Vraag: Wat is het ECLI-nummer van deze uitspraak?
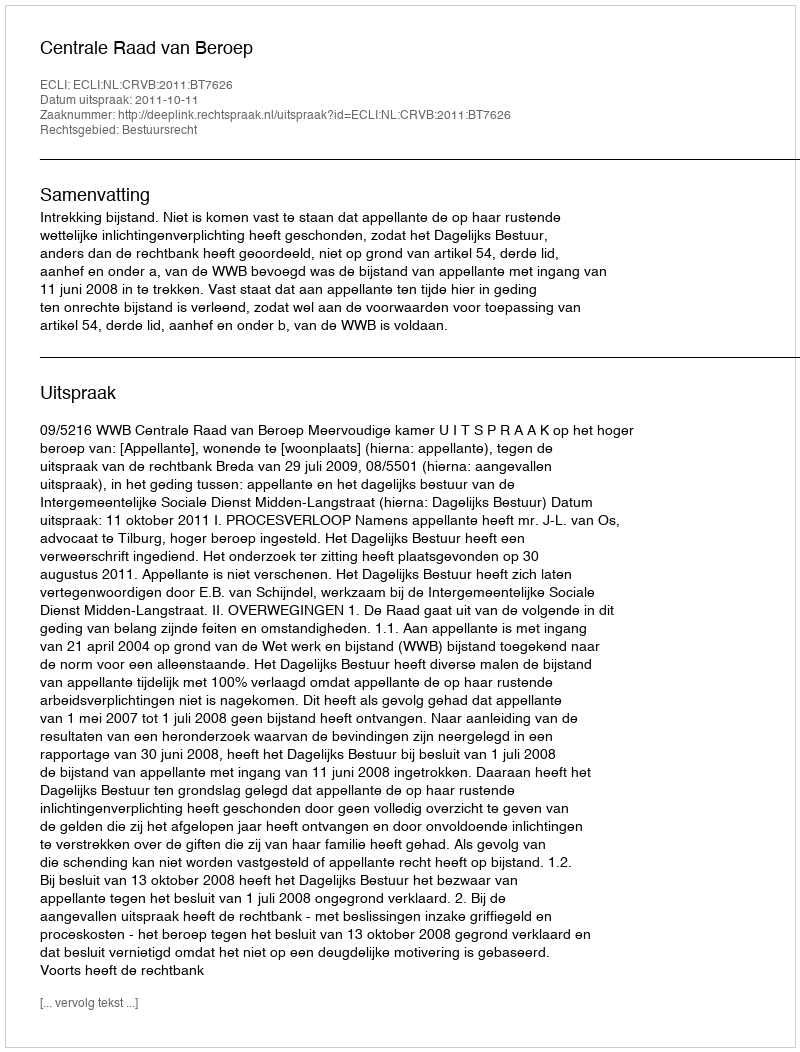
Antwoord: ECLI:NL:CRVB:2011:BT7626